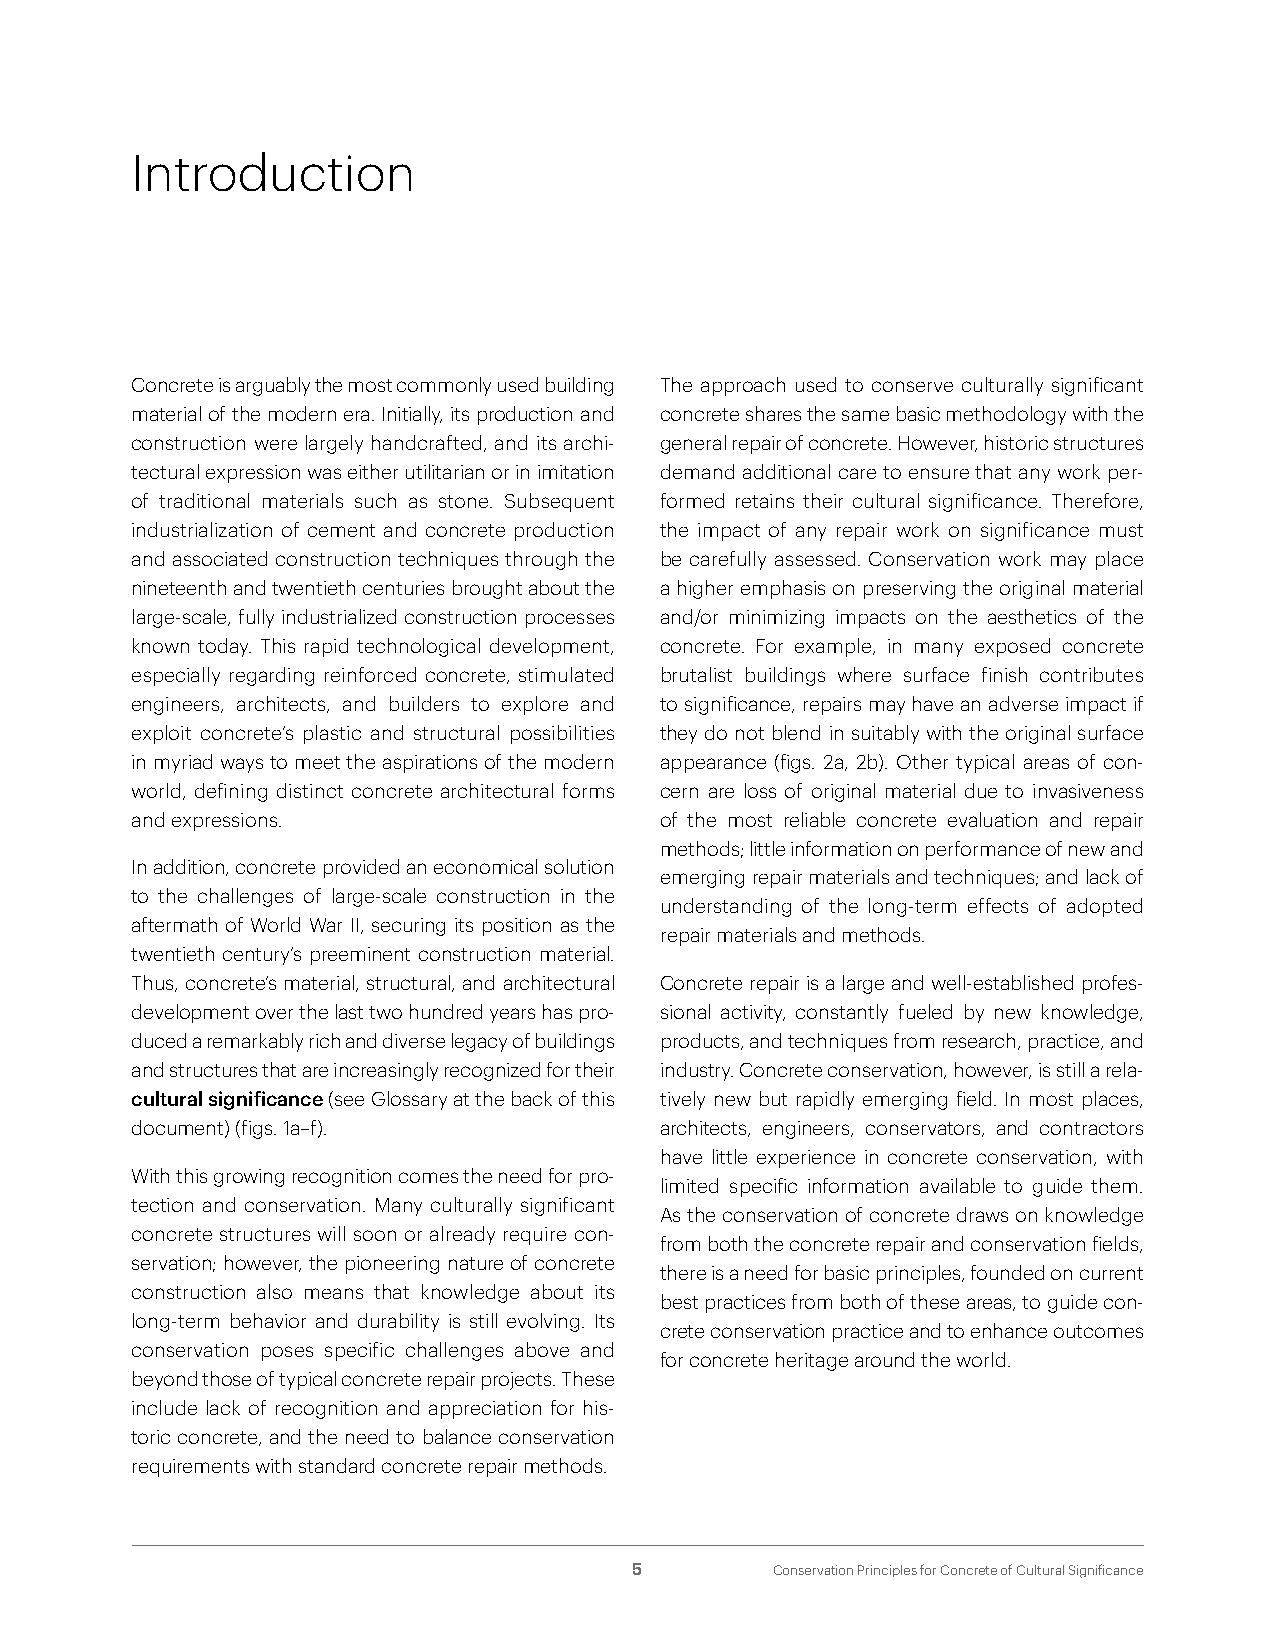
Introduction
 Concrete is arguably the most commonly used building The approach used to conserve culturally significant
 material of the modern era. Initially, its production and concrete shares the same basic methodology with the
 construction were largely handcrafted, and its archi- general repair of concrete. However, historic structures
 tectural expression was either utilitarian or in imitation demand additional care to ensure that any work per-
 of traditional materials such as stone. Subsequent formed retains their cultural significance. Therefore,
 industrialization of cement and concrete production the impact of any repair work on significance must
 and associated construction techniques through the be carefully assessed. Conservation work may place
 nineteenth and twentieth centuries brought about the a higher emphasis on preserving the original material
 large-scale, fully industrialized construction processes and/or minimizing impacts on the aesthetics of the
 known today. This rapid technological development, concrete. For example, in many exposed concrete
 especially regarding reinforced concrete, stimulated brutalist buildings where surface finish contributes
 engineers, architects, and builders to explore and to significance, repairs may have an adverse impact if
 exploit concrete’s plastic and structural possibilities they do not blend in suitably with the original surface
 in myriad ways to meet the aspirations of the modern appearance (figs. 2a, 2b). Other typical areas of con-
 world, defining distinct concrete architectural forms cern are loss of original material due to invasiveness
 and expressions.                   of the most reliable concrete evaluation and repair
 methods; little information on performance of new and
 In addition, concrete provided an economical solution
 emerging repair materials and techniques; and lack of
 to the challenges of large-scale construction in the
 understanding of the long-term effects of adopted
 aftermath of World War II, securing its position as the
 repair materials and methods.
 twentieth century’s preeminent construction material.
 Thus, concrete’s material, structural, and architectural Concrete repair is a large and well-established profes-
 development over the last two hundred years has pro- sional activity, constantly fueled by new knowledge,
 duced a remarkably rich and diverse legacy of buildings products, and techniques from research, practice, and
 and structures that are increasingly recognized for their industry. Concrete conservation, however, is still a rela-
 cultural significance (see Glossary at the back of this tively new but rapidly emerging field. In most places,
 document) (figs. 1a–f).            architects, engineers, conservators, and contractors
 have little experience in concrete conservation, with
 With this growing recognition comes the need for pro-
 limited specific information available to guide them.
 tection and conservation. Many culturally significant
 As the conservation of concrete draws on knowledge
 concrete structures will soon or already require con-
 from both the concrete repair and conservation fields,
 servation; however, the pioneering nature of concrete
 there is a need for basic principles, founded on current
 construction also means that knowledge about its
 best practices from both of these areas, to guide con-
 long-term behavior and durability is still evolving. Its
 crete conservation practice and to enhance outcomes
 conservation poses specific challenges above and
 for concrete heritage around the world.
 beyond those of typical concrete repair projects. These
 include lack of recognition and appreciation for his-
 toric concrete, and the need to balance conservation
 requirements with standard concrete repair methods.
 5        Conservation Principles for Concrete of Cultural Significance